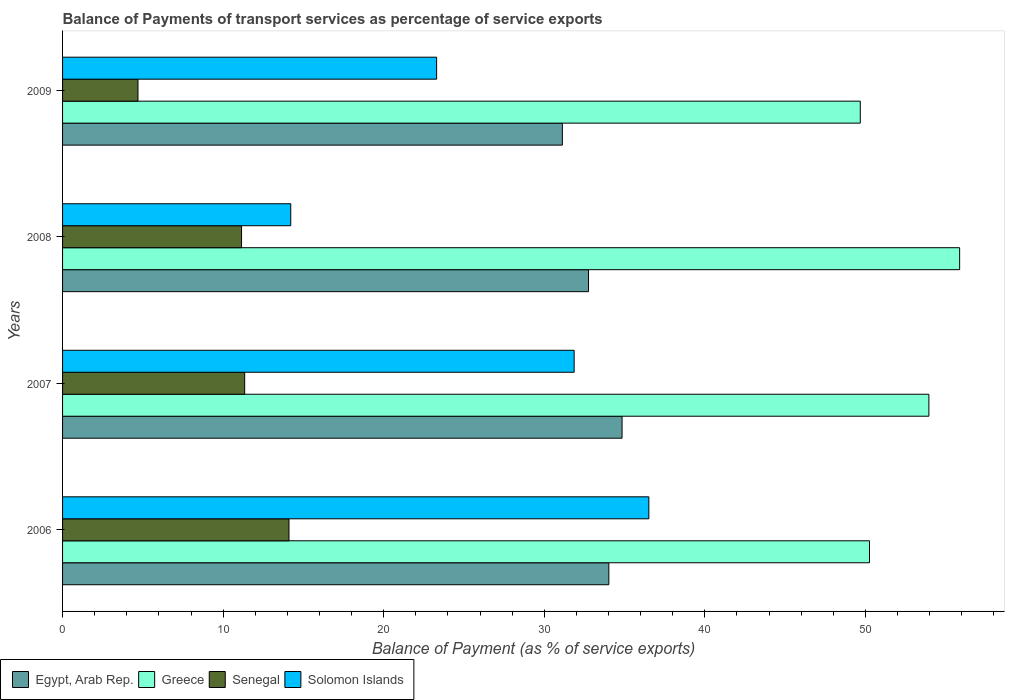
| Years | Egypt, Arab Rep. | Greece | Senegal | Solomon Islands |
 | --- | --- | --- | --- | --- |
 | 2006 | 34 | 50.3 | 14.1 | 36.5 |
 | 2007 | 34.8 | 54 | 11.3 | 31.9 |
 | 2008 | 32.8 | 55.9 | 11.1 | 14.2 |
 | 2009 | 31.1 | 49.7 | 4.7 | 23.3 |